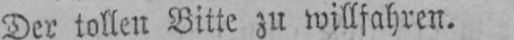
Der tollen Bitte zu willfahren.